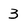
Character: 3